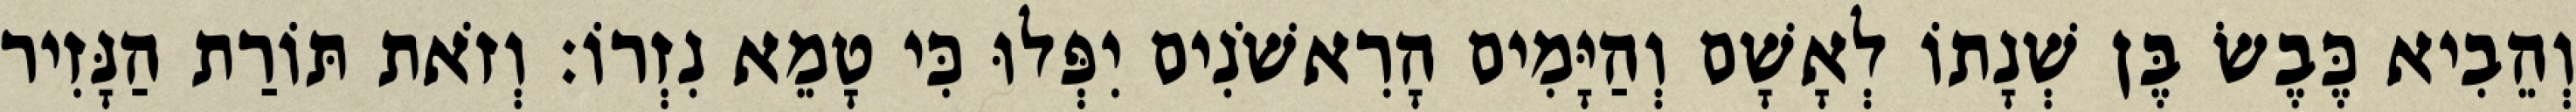
וְהֵבִיא כֶּבֶשׂ בֶּן שְׁנָתוֹ לְאָשָׁם וְהַיָּמִים הָרִאשֹׁנִים יִפְּלוּ כִּי טָמֵא נִזְרוֹ׃ וְזֹאת תּוֹרַת הַנָּזִיר